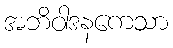
အဘိဝါဒနကေသာ